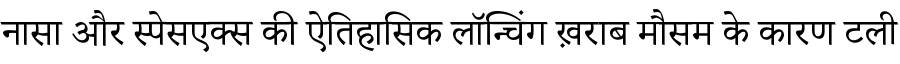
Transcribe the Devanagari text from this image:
नासा और स्पेसएक्स की ऐतिहासिक लॉन्चिंग ख़राब मौसम के कारण टली